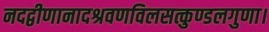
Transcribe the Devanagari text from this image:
नदद्वीणानादश्रवणविलसत्कुण्डलगुणा।